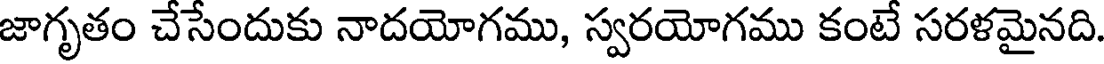
జాగృతం చేసేందుకు నాదయోగము, స్వరయోగము కంటే సరళమైనది